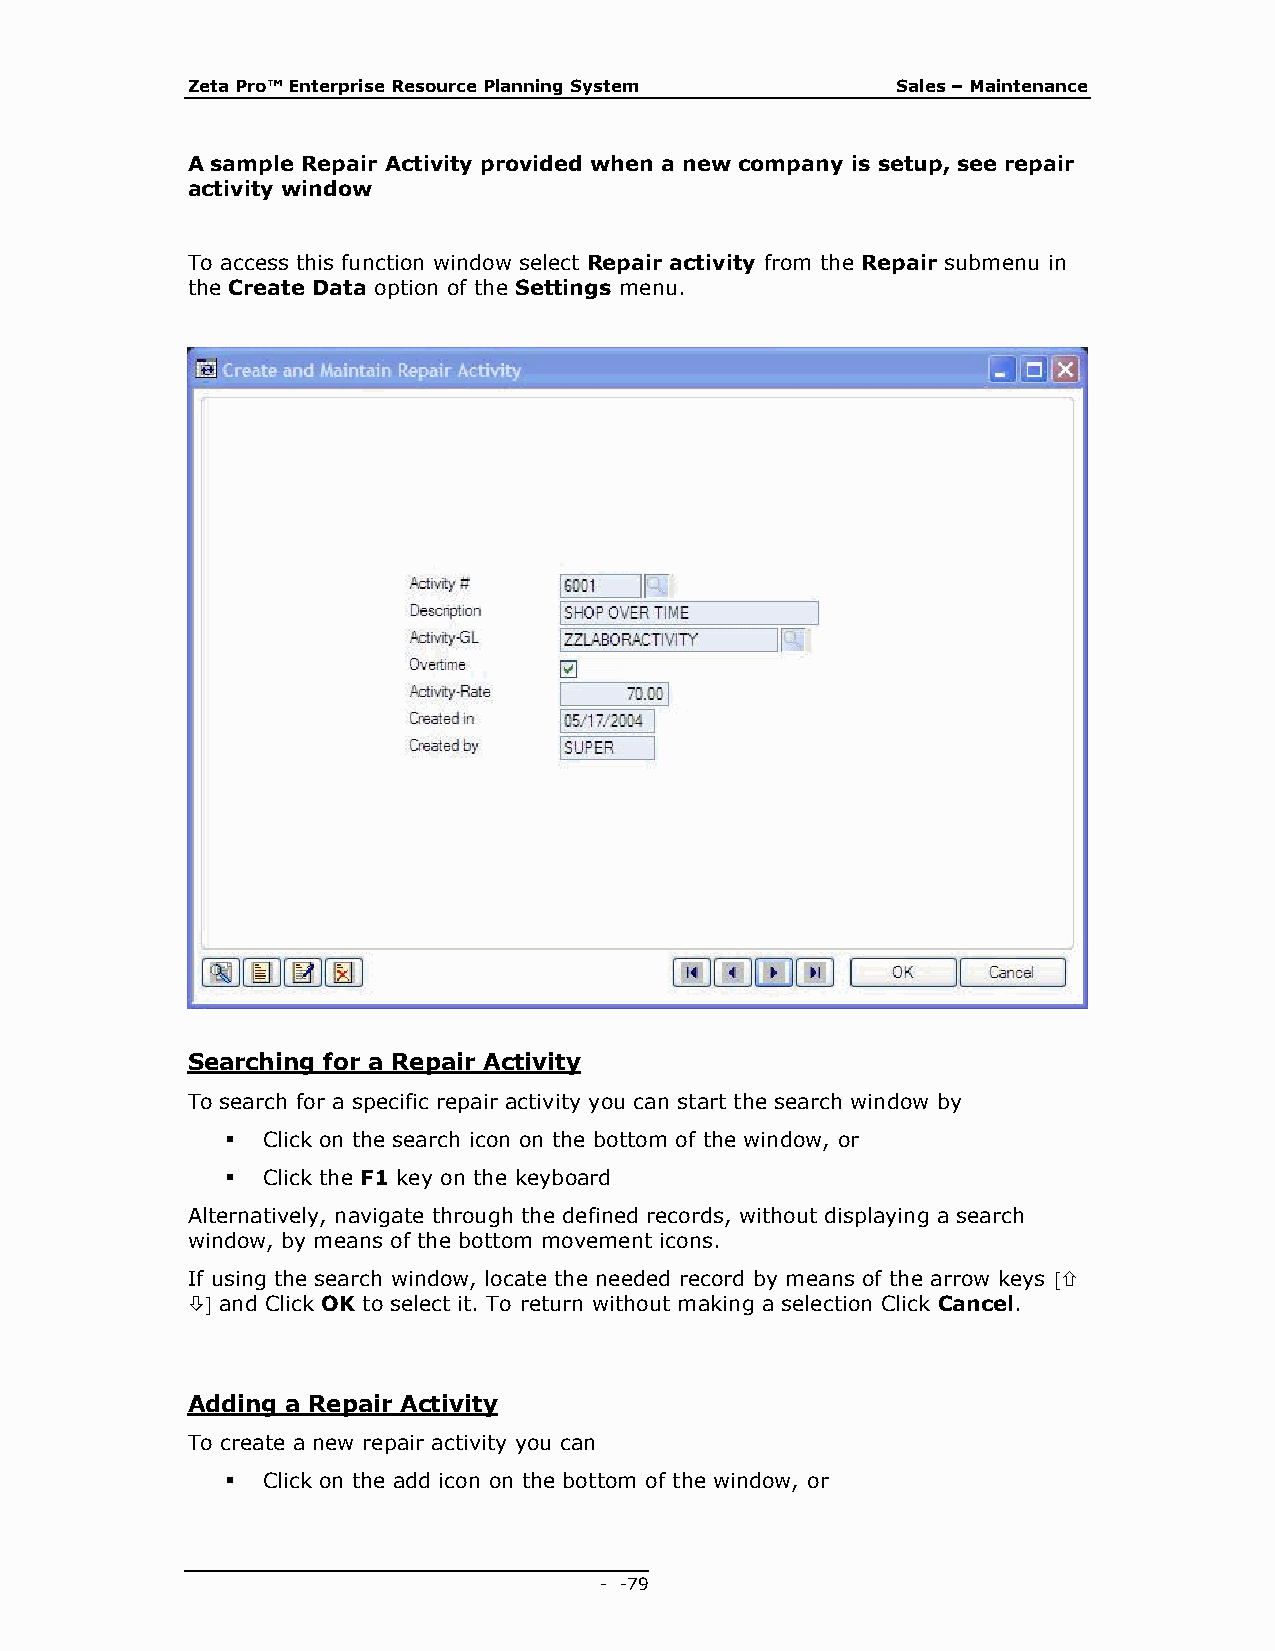
Zeta Pro™ Enterprise Resource Planning System  Sales – Maintenance
 A sample Repair Activity provided when a new company is setup, see repair
 activity window
 To access this function window select Repair activity from the Repair submenu in
 the Create Data option of the Settings menu.
 Searching for a Repair Activity
 To search for a specific repair activity you can start the search window by
  Click on the search icon on the bottom of the window, or
  Click the F1 key on the keyboard
 Alternatively, navigate through the defined records, without displaying a search
 window, by means of the bottom movement icons.
 If using the search window, locate the needed record by means of the arrow keys 
  and Click OK to select it. To return without making a selection Click Cancel.
 Adding a Repair Activity
 To create a new repair activity you can
  Click on the add icon on the bottom of the window, or
 - - 79